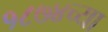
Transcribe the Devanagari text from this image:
१८७४च्या